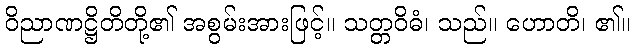
ဝိညာဏဋ္ဌိတိတို့၏ အစွမ်းအားဖြင့်။ သတ္တဝိဓံ၊ သည်။ ဟောတိ၊ ၏။